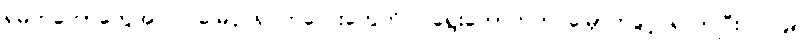
ရဲမက်တော်တွေအပြင် မြေပိုင်ရှင်ကလေးတွေကိုပါ ရွေးကောက်တင်မြှောက်ခွင့် ရလာပြီး ၁၂၉၅